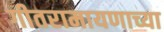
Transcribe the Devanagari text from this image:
गीतरामायणाच्या